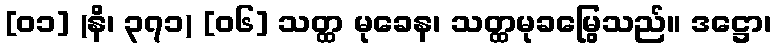
[၀၁] (နိ၊ ၃၇၁) [၀၆] သတ္ထ မုခေန၊ သတ္ထမုခမြွေသည်။ ဒဋ္ဌော၊